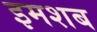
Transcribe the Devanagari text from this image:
इमशब